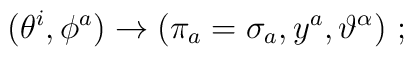
(\theta^i, \phi^a)\rightarrow (\pi_a=\sigma_a, y^a,\vartheta^\alpha)\ ;